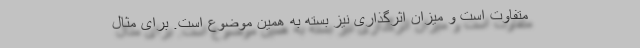
متفاوت است و میزان اثرگذاری نیز بسته به همین موضوع است. برای مثال